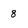
Character: 8